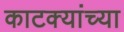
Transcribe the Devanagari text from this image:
काटक्यांच्या